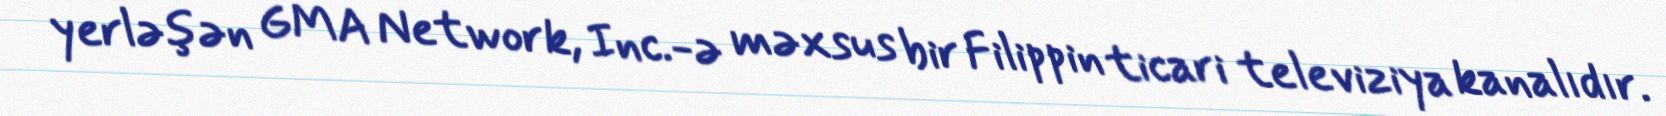
yerləşən GMA Network, Inc.-ə məxsus bir Filippin ticari televiziya kanalıdır.